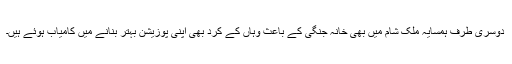
دوسری طرف ہمسایہ ملک شام میں بھی خانہ جنگی کے باعث وہاں کے کرد بھی اپنی پوزیشن بہتر بنانے میں کامیاب ہوئے ہیں۔